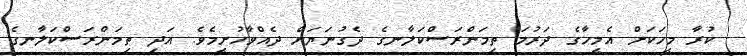
ކުރާ މީހަކަށް އެމީހާގެ ދަރުމަ ތިމަންރަސްކަލާނގެ ދެގުނަޔަށް ދެއްވާހުށީމެވެ. އަދި ތިމަންރަސްކަލާނގެ